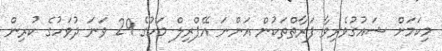
މިކަމަށް ޝައުގުވެރިވާ ފަރާތްތަކުން އަންނަ އޭޕްރިލް މަހުގެ 29 ވަނަ ދުވަހުގެ ކުރިން